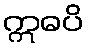
ဣဓပိ